Report on vaccination in the Province of Bengal - 1874-1889
Year: 1874
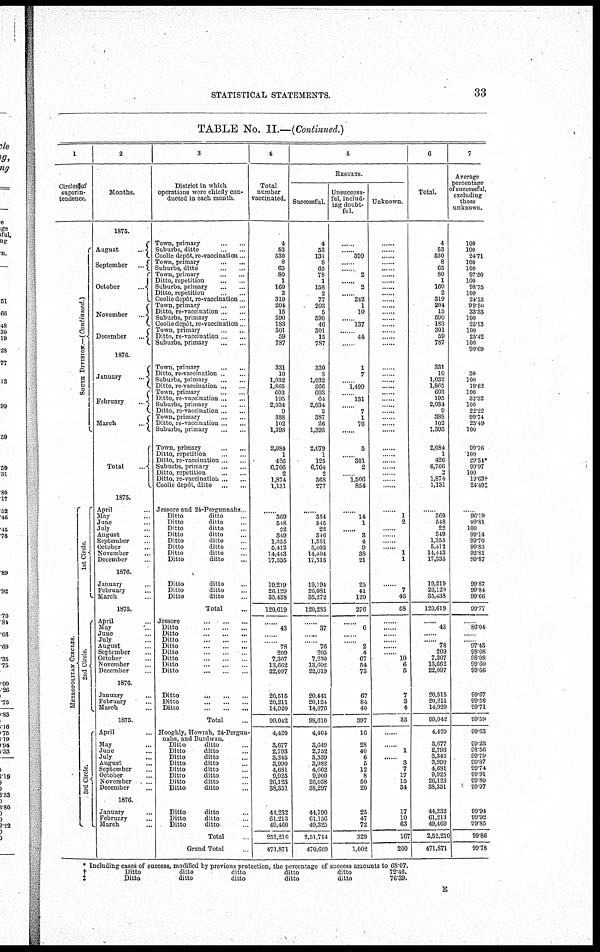
STATISTICAL STATEMENTS.
33
TABLE No. II.—(Continued.)
1
Circles of
superin-
tendence.
S OUT H DIVISION.—(Continued.)
ME T ROP OL IT
AN CI RCLES.
1st Circle.
2nd Circle.
3rd Circle.
2
Months.
1875.
August
..
September...
October
...
November
...
December...
1876.
January
...
February
...
March
...
Total...
1875.
April ...
May...
June...
July ...
August ...
September.
October...
November...
December...
1876.
January...
February...
March...
1875.
April...
May...
June...
July...
August...
September...
October...
November...
December...
1876.
January... ...
February... ...
March... ...
1875.
April... ...
May...
June ...
July ...
August...
September...
October...
November...
December...
1876.
January...
February...
March...
3
District in which
operations were chiefly con-
ducted in each month.
Town,
primary...
...
Suburbs, ditto
..
..
Coolie depôt, re-vaccination...
Town,
primary...
...
Suburbs, ditto ..
...
Town,
primary...
...
Ditto, repetition ... ...
Suburbs, primary
...
...
Ditto, repetition . ...
Coolie depôt, re-vaccination .
Town, primary
...
...
Ditto, re-vaccination.. ...
Suburbs, primary ..
Coolie depôt, re-vaccination
Town, primary .. ..
Ditto, re-vaccination.. ...
Suburbs, primary
...
...
Town,
primary...
...
Ditto, re-vaccination.. ...
Suburbs, primary ... ...
Ditto, re-vaccination... ...
Town, primary ... ...
Ditto, re-vaccination
Suburbs, primary .. .
Ditto, re-vaccination... ... ...
Town, primary
...
...
Ditto, re-vaccination... ...
Suburbs, primary
...
...
Town, primary .....
Ditto, repetition... ...
Ditto, re-vaccination .. .
Suburbs, primary
...
...
Ditto, repetition... ...
Ditto, re-vaccination... ...
Coolie depôt, ditto... ...
Jessore and 24-Pergunnahs
Ditto
ditto ...
Ditto
ditto ...
Ditto
ditto ...
Ditto
ditto ...
Ditto
ditto ...
Ditto
ditto ...
Ditto
ditto ...
Ditto
ditto ...
Ditto
ditto ...
Ditto
ditto ...
Ditto
ditto ...
Total
Jessore
...
...
Ditto
...
...
Ditto
...
...
Ditto
...
...
Ditto
...
...
Ditto
...
...
Ditto
...
...
Ditto
...
...
Ditto
...
...
Ditto
...
...
Ditto
...
...
Ditto
...
...
Total...
Hooghly, Howrah, 24-Pergun-
nahs, and Burdwan.
Ditto
ditto ...
Ditto
ditto ...
Ditto
ditto ...
Ditto
ditto ...
Ditto
ditto ...
Ditto
ditto ...
Ditto
ditto ...
Ditto
ditto ...
Ditto
ditto ...
Ditto
ditto ...
Ditto
ditto ...
Total
Grand Total .
4
Total
number
vaccinated.
4
53
530
8
65
80
1
160
2
319
204
15
590
183
301
59
787
331
10
1,032
1,865
603
105
2,034
9
388
102
1,393
2,084
1
426
6,766
2
1,874
1,131
......
369
548
22
349
1,333
5,412
14,443
17,335
19,219
26,129
35,438
120,619
......
43
.....
... ...
78
209
7,307
13,662
22,097
20,515
20,211
14,920
99,042
4,420
3,677
2,793
3,345
3,990
4,681
9,925
26,123
38,351
44,232
61,213
49,460
252,210
471,871
5
RESULTS.
Successful.
4
53
131
8
65
78
1
158
2
77
203
5
590
46
301
15
787
330
3
1,032
366
603
64
2,034
2
387
26
1,393
2,079
1
125
6,764
2
368
277
......
354
545
22
346
1,351
5,403
14,404
17,313
19,194
26,081
35,272
120,285
......
37
... ...
... ...
76
205
7,230
13,602
22,019
20,441
20,124
14,876
98,610
4,404
3,649
2,752
3,339
3,982
4,662
9,900
26,058
38,297
44,190
61,156
49,325
2,51,714
470,609
Unsuccess-
ful, includ-
ing doubt-
ful.
... ..
...... 399
... .
... .
2
...... 2
...... 242
1
10
...... 137
...... 44
......
1
7
... .. 1,499
... ..
131
...
7
1
76
... ...
5
. ...... 301
2
.. 1,506
854
......
14
1
......
3
4
9
38
21
25
41
120
276
......
6
... ...
... ...
2
4
67
54
73
67
84
40
397
16
28
40
6
5
12
8
50
20
25
47
72
329
1,002
Unknown.
......
... ..
...... ...
...
. ...
......
......
......
......
......
.. . ......
......
... ..
... ..
... ..
... ..
... .
... ..
......
....
. ..
.. . ....
. ....
.....
... ...
. ......
.. ..
.
..... ...
......
......
1
2
......
... ..
... ..
... .. 1
1
......
7
46
58
......
......
... ...
... ...
... ...
... ...
10
6
5
7
3
4
85
...
... ..
1
... . 3
7
17
15
34
17
10
63
167
260
6
Total.
4
53
530
8
65
80
1
160
2
319
204
15
590
183
301
59
787
331
10
1,032
1,865
603
195
2,034
9
388
102
1,393
2,084
1
426
6,766
2
1,874
1,131
369
548
22
349
1,355
5,412
14,443
17,335
19,219
26,129
35,438
120,619
......
43
... ...
... ...
78
209
7,307
13,662
22,097
20,515
20,211
14,920
99,042
4,420
3,677
2,793
3,345
3,990
4,681
9,925
26,123
38,351
44,232
61,213
49,460
2,52,210
471,871
7
Average
percentage
of successful,
excluding
those
unknown.
100
100
24.71
100
100
97.50
100
98.75
100
24.13
99.50
33.33
100
25.13
100
25.42
100
99.69
30
100
19.62
100
32 32
100
22.22
99.74
25.49
100
99.76
100
29.34*
99.97
100
19.63†
24.49‡
......
96.19
99.81
100
99.14
99.70
99.83
92.81
99.87
99.87
99.84
99.66
99.77
......
86.04
... ...
... ...
97.43
98.08
98.08
99.60
99.66
99.67
99.58
99.71
99.59
99.63
99.23
98.56
99.79
99.87
99.74
99.91
99.80
99.97
99.94
99.92
99.85
99.86
99.78
* Including cases of success, modified by previous protection, the percentage of success amounts to 68.07.
†
Ditto
ditto
ditto
ditto
ditto
72.46.
‡
Ditto
ditto
ditto
ditto
ditto
76.39.
E